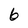
Character: 6